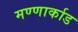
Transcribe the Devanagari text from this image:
मण्णार्काड